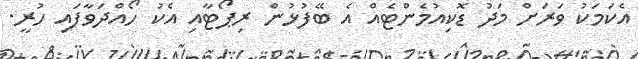
އެކަމަކު ވަރަށް މަދު ޑޮކިއުމެންޓެއް އެ ބޭފުޅުން ރިޕޯޓާއި އެކު ހޯއްދަވާފައި ހުރީ.